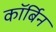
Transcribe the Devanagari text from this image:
कॉर्बिन